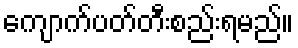
ကျောက်ပတ်တီးစည်းရမည်။